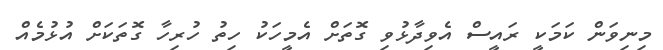
މިނިވަން ކަމަކީ ރައީސް އެވިދާޅުވި ގޮތަށް އެމީހަކު ހިތު ހުރިހާ ގޮތަކަށް އުޅުމެއް